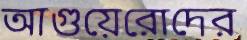
আগুয়েরোদের